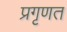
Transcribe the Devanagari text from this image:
प्रगृणत